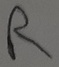
Text: R